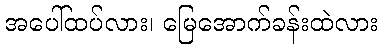
အပေါ်ထပ်လား၊ မြေအောက်ခန်းထဲလား